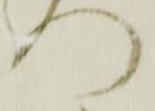
門